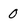
Character: 0